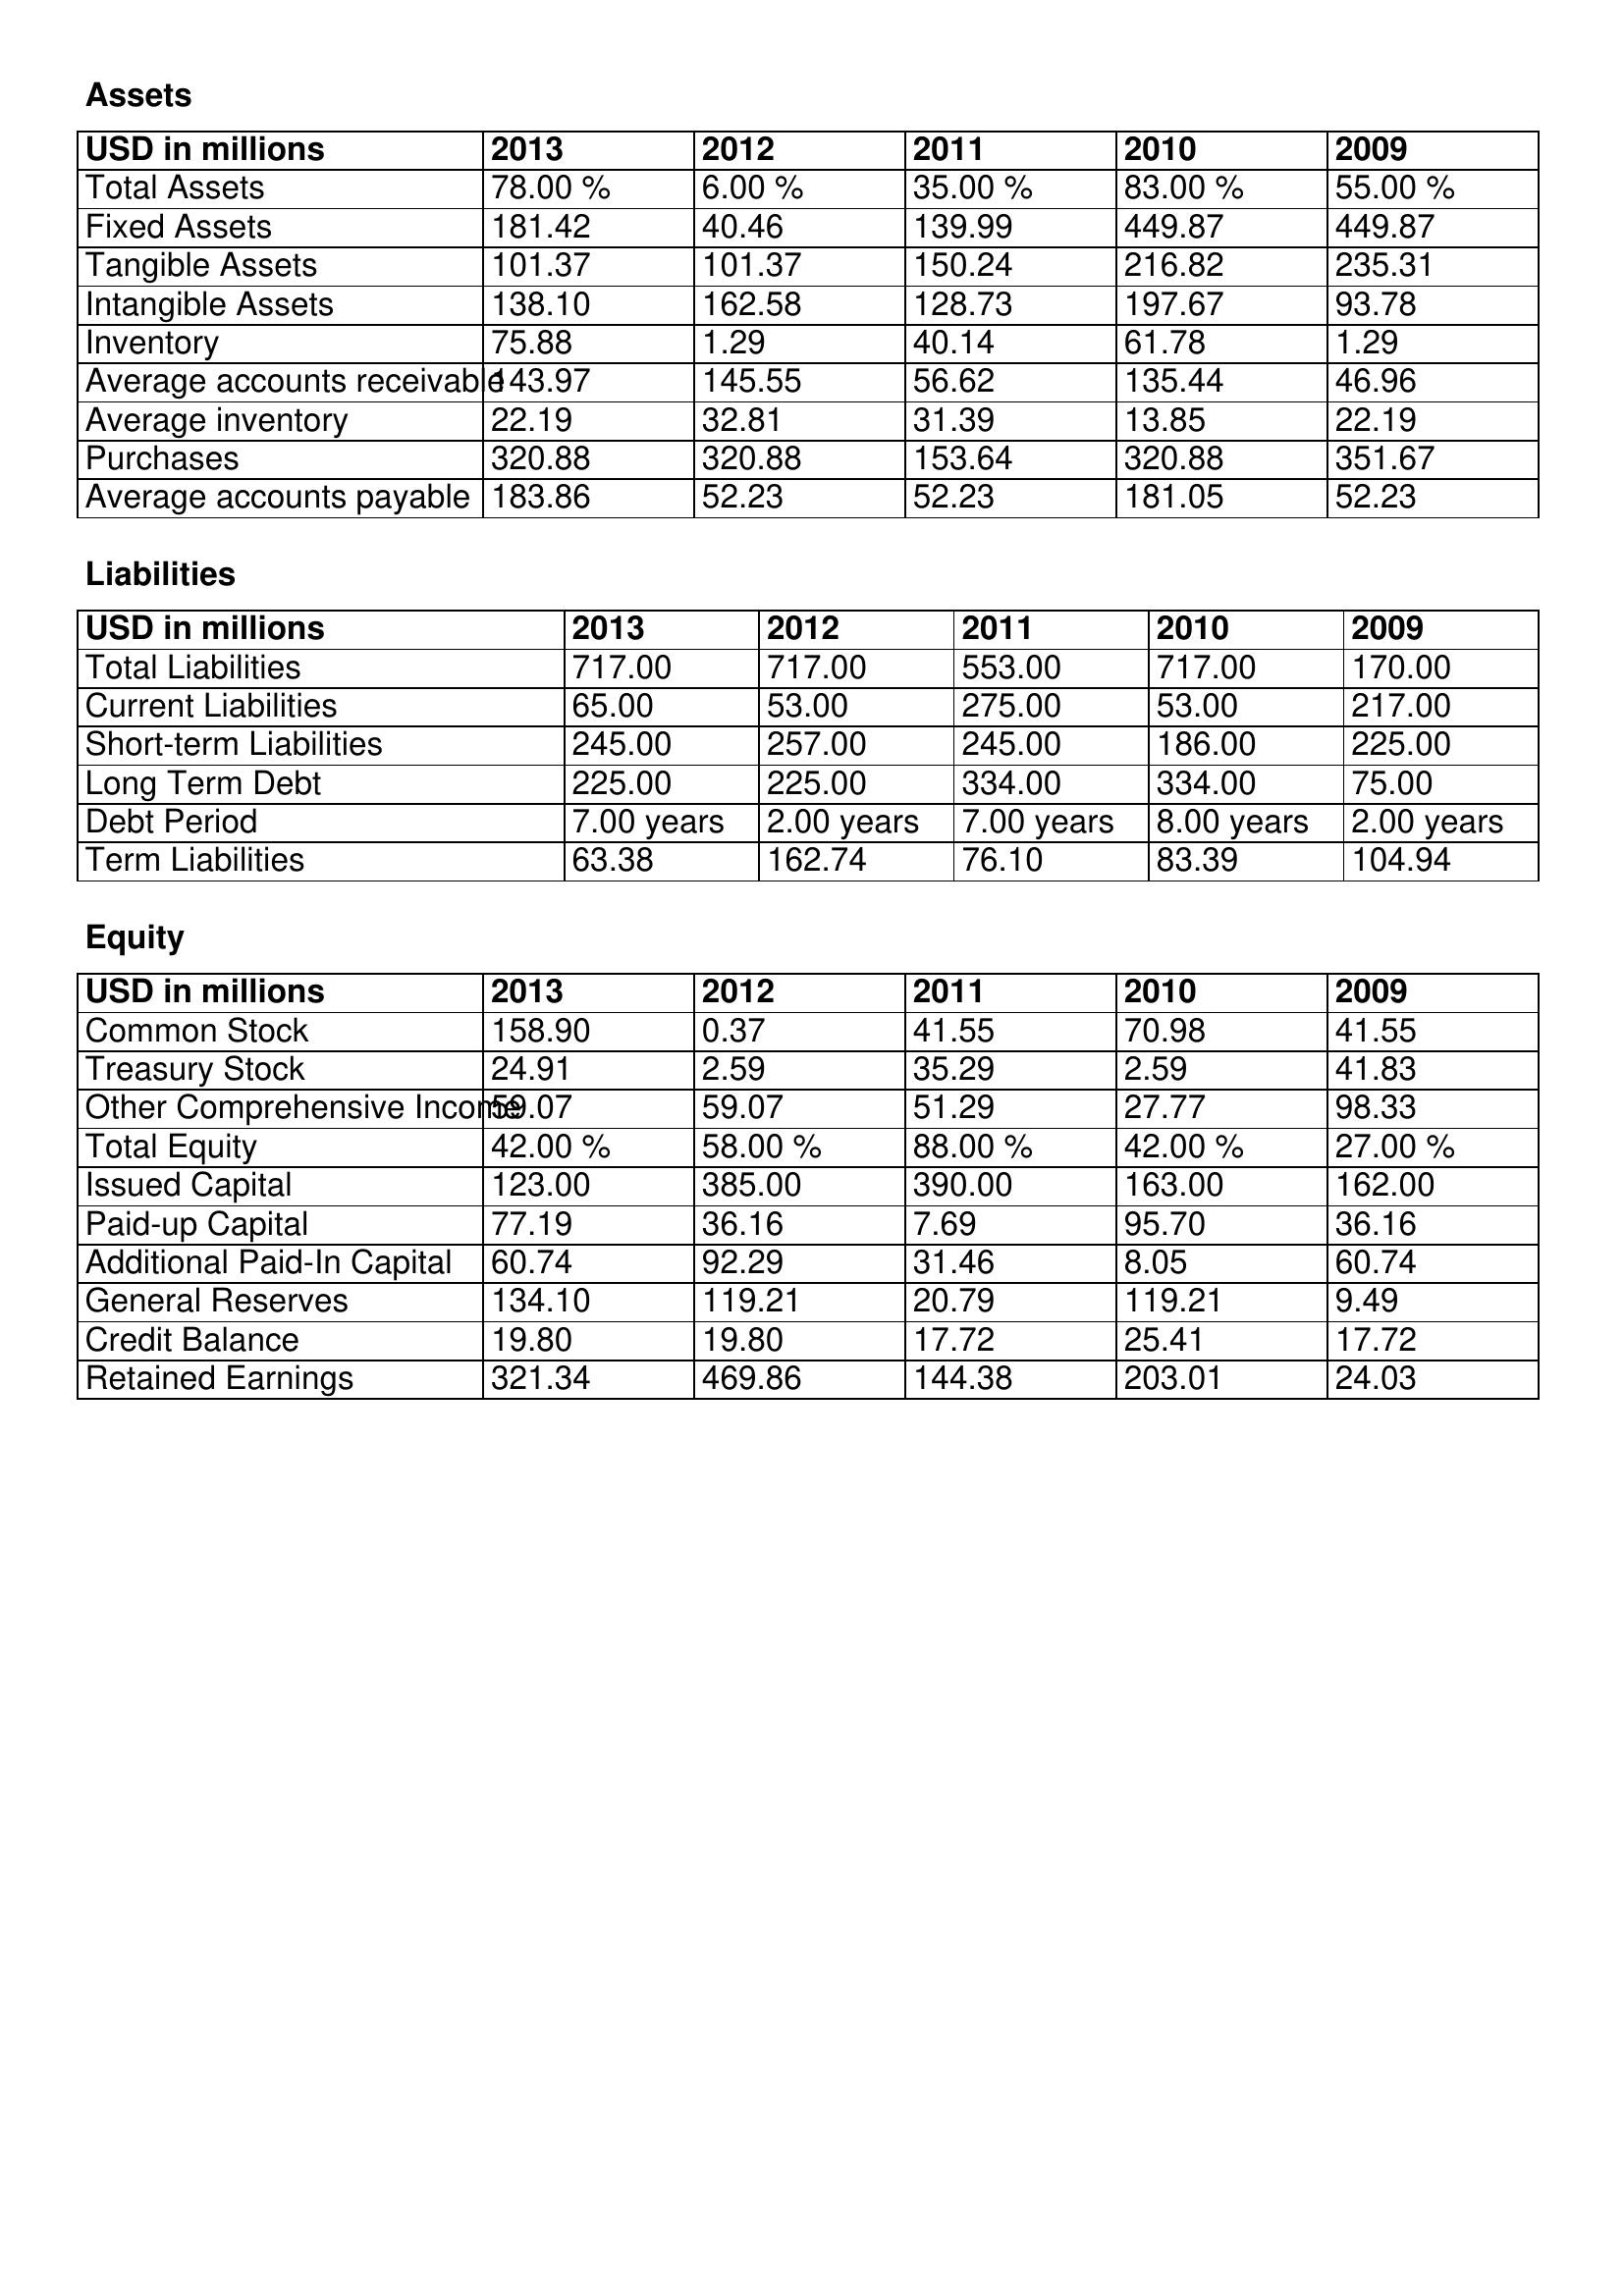
gt_parse: 2013: Assets: Total Assets: 78.00 %
Fixed Assets: 181.42
Tangible Assets: 101.37
Intangible Assets: 138.10
Inventory: 75.88
Average accounts receivable: 143.97
Average inventory: 22.19
Purchases: 320.88
Average accounts payable: 183.86
Liabilities: Total Liabilities: 717.00
Current Liabilities: 65.00
Short-term Liabilities: 245.00
Long Term Debt: 225.00
Debt Period: 7.00 years
Term Liabilities: 63.38
Equity: Common Stock: 158.90
Treasury Stock: 24.91
Other Comprehensive Income: 59.07
Total Equity: 42.00 %
Issued Capital: 123.00
Paid-up Capital: 77.19
Additional Paid-In Capital: 60.74
General Reserves: 134.10
Credit Balance: 19.80
Retained Earnings: 321.34
2012: Assets: Total Assets: 6.00 %
Fixed Assets: 40.46
Tangible Assets: 101.37
Intangible Assets: 162.58
Inventory: 1.29
Average accounts receivable: 145.55
Average inventory: 32.81
Purchases: 320.88
Average accounts payable: 52.23
Liabilities: Total Liabilities: 717.00
Current Liabilities: 53.00
Short-term Liabilities: 257.00
Long Term Debt: 225.00
Debt Period: 2.00 years
Term Liabilities: 162.74
Equity: Common Stock: 0.37
Treasury Stock: 2.59
Other Comprehensive Income: 59.07
Total Equity: 58.00 %
Issued Capital: 385.00
Paid-up Capital: 36.16
Additional Paid-In Capital: 92.29
General Reserves: 119.21
Credit Balance: 19.80
Retained Earnings: 469.86
2011: Assets: Total Assets: 35.00 %
Fixed Assets: 139.99
Tangible Assets: 150.24
Intangible Assets: 128.73
Inventory: 40.14
Average accounts receivable: 56.62
Average inventory: 31.39
Purchases: 153.64
Average accounts payable: 52.23
Liabilities: Total Liabilities: 553.00
Current Liabilities: 275.00
Short-term Liabilities: 245.00
Long Term Debt: 334.00
Debt Period: 7.00 years
Term Liabilities: 76.10
Equity: Common Stock: 41.55
Treasury Stock: 35.29
Other Comprehensive Income: 51.29
Total Equity: 88.00 %
Issued Capital: 390.00
Paid-up Capital: 7.69
Additional Paid-In Capital: 31.46
General Reserves: 20.79
Credit Balance: 17.72
Retained Earnings: 144.38
2010: Assets: Total Assets: 83.00 %
Fixed Assets: 449.87
Tangible Assets: 216.82
Intangible Assets: 197.67
Inventory: 61.78
Average accounts receivable: 135.44
Average inventory: 13.85
Purchases: 320.88
Average accounts payable: 181.05
Liabilities: Total Liabilities: 717.00
Current Liabilities: 53.00
Short-term Liabilities: 186.00
Long Term Debt: 334.00
Debt Period: 8.00 years
Term Liabilities: 83.39
Equity: Common Stock: 70.98
Treasury Stock: 2.59
Other Comprehensive Income: 27.77
Total Equity: 42.00 %
Issued Capital: 163.00
Paid-up Capital: 95.70
Additional Paid-In Capital: 8.05
General Reserves: 119.21
Credit Balance: 25.41
Retained Earnings: 203.01
2009: Assets: Total Assets: 55.00 %
Fixed Assets: 449.87
Tangible Assets: 235.31
Intangible Assets: 93.78
Inventory: 1.29
Average accounts receivable: 46.96
Average inventory: 22.19
Purchases: 351.67
Average accounts payable: 52.23
Liabilities: Total Liabilities: 170.00
Current Liabilities: 217.00
Short-term Liabilities: 225.00
Long Term Debt: 75.00
Debt Period: 2.00 years
Term Liabilities: 104.94
Equity: Common Stock: 41.55
Treasury Stock: 41.83
Other Comprehensive Income: 98.33
Total Equity: 27.00 %
Issued Capital: 162.00
Paid-up Capital: 36.16
Additional Paid-In Capital: 60.74
General Reserves: 9.49
Credit Balance: 17.72
Retained Earnings: 24.03